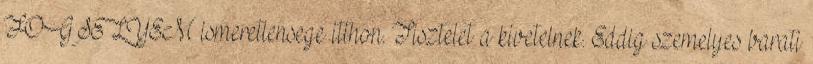
FOGSELYEM ismeretlensege itthon. Tisztelet a kivetelnek. Eddig szemelyes barati